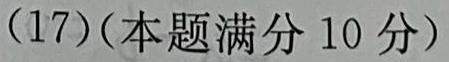
(17)(本题满分 10 分)